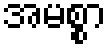
အမစ္စာ